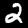
Digit: 2